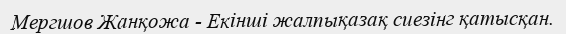
Мергшов Жанқожа - Екінші жалпықазақ сиезінг қатысқан.